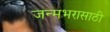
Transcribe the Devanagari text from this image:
जन्मभरासाठी